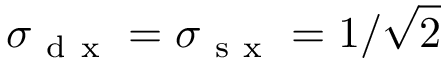
\sigma _ { \mathrm { ~ d ~ x ~ } } = \sigma _ { \mathrm { ~ s ~ x ~ } } = 1 / \sqrt { 2 }